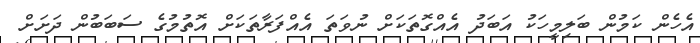
އެހެން ކަމުން ބަލިމީހަކު އަބަދު އެއްގޮތަކަށް ނުވަތަ އެއްފަރާތަކަށް އޮތުމުގެ ސަބަބުން ދަށަށް